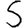
Digit: 5